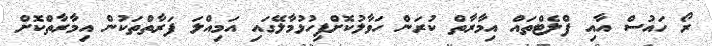
ރޯ ހައުސް އާއި ފްލެޓްތައް އިމާރާތް ކުރަން ހަވާލުކޮށްފިހުޅުމާލޭގައި އަމިއްލަ ފަރާތްތަކުން އިމާރާތްކޮށް